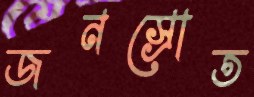
জনস্রোত